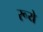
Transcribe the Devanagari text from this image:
रूये